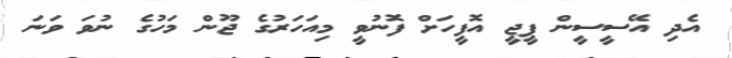
އެދި އޭސީސީން ޕީޖީ އޮފީހަށް ފޮނުވީ މިއަހަރުގެ ޖޫން މަހުގެ ނުވަ ވަނަ